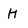
Character: H